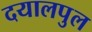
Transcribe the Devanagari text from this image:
दयालपुल